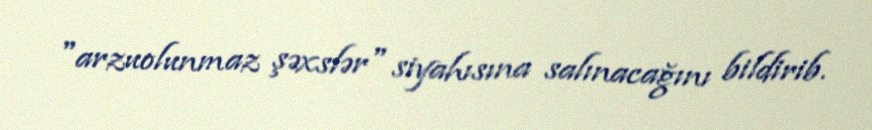
"arzuolunmaz şəxslər" siyahısına salınacağını bildirib.